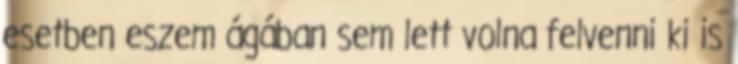
esetben eszem ágában sem lett volna felvenni ki is